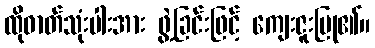
ထိုဓာတ်သုံးပါးအား ဖွဲ့ခြင်းဖြင့် ကျေးဇူးပြု၏။